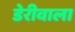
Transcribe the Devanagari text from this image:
डेरीवाला